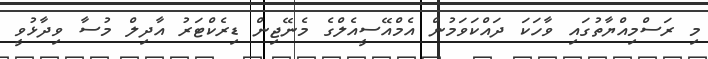
މި ރަސްމިއްޔާތުގައި ވާހަކަ ދައްކަވަމުން އެމްއޭސީއެލްގެ މެނޭޖިން ޑިރެކްޓަރު އާދިލް މުސާ ވިދާޅުވީ